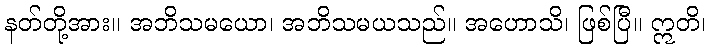
နတ်တို့အား။ အဘိသမယော၊ အဘိသမယသည်။ အဟောသိ၊ ဖြစ်ပြီ။ ဣတိ၊